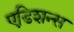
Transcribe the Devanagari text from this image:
एडिशन्स